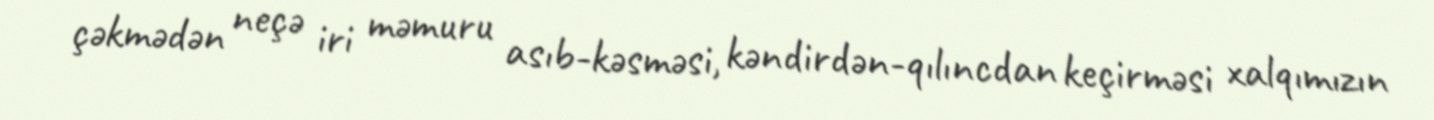
çəkmədən neçə iri məmuru asıb-kəsməsi, kəndirdən-qılıncdan keçirməsi xalqımızın